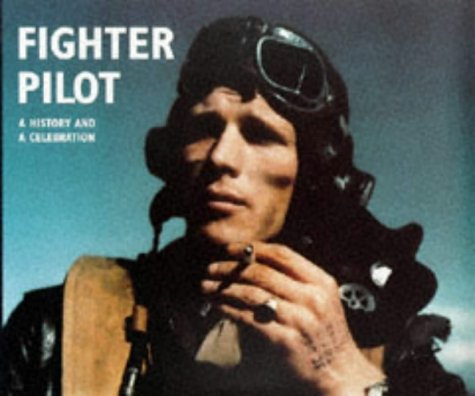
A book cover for Fighter Pilot: A History and a Celebration; Philip Kaplan; Arts & Photography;